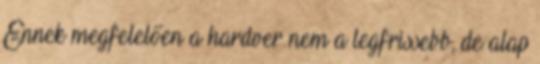
Ennek megfelelően a hardver nem a legfrissebb, de alap